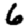
Digit: 6